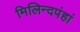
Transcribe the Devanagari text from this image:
मिलिन्दपंहां